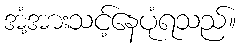
အံ့အားသင့်နေပုံရသည်။